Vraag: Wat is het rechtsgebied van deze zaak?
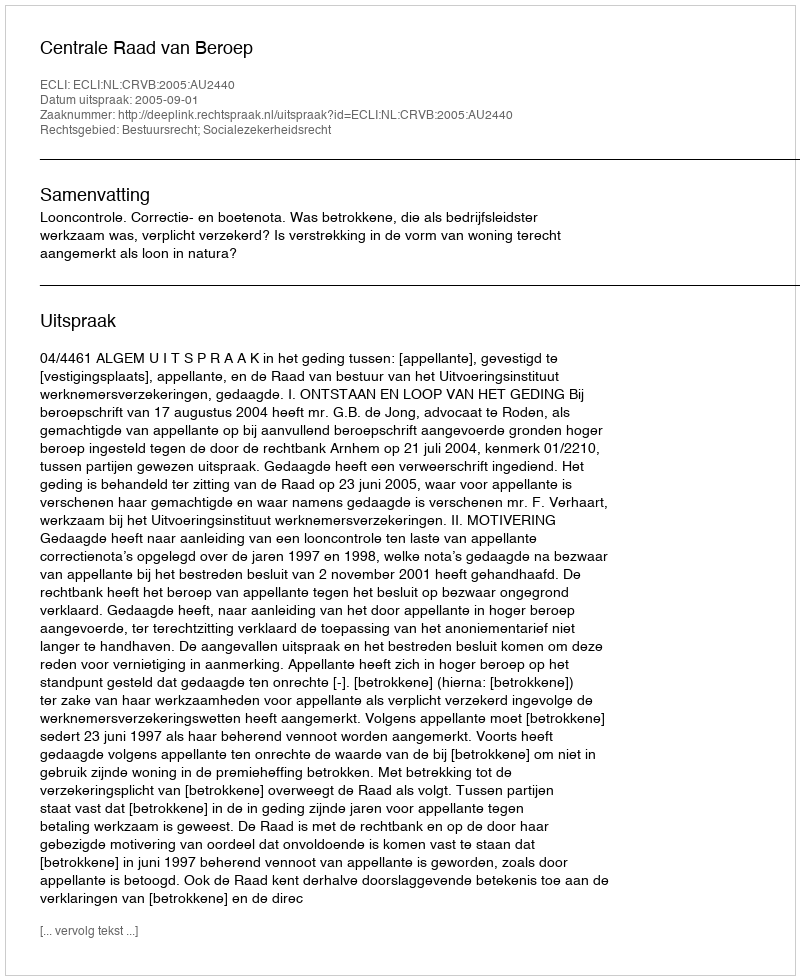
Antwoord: Bestuursrecht; Socialezekerheidsrecht